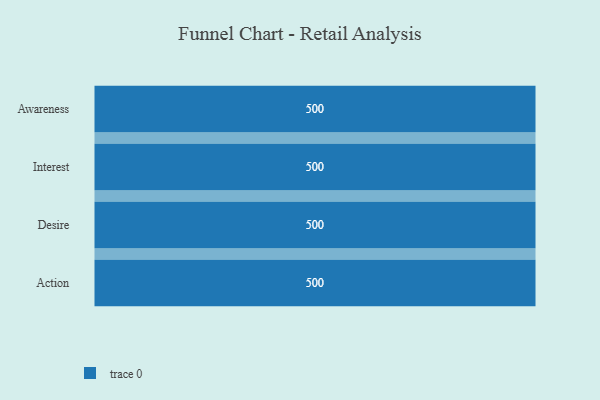
{"axis": {"x": "Stage", "y": "Value"}, "legend": [""], "data": [{"x": "Awareness", "y": 500, "type": ""}, {"x": "Interest", "y": 500, "type": ""}, {"x": "Desire", "y": 500, "type": ""}, {"x": "Action", "y": 500, "type": ""}]}